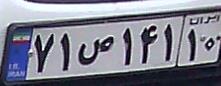
۷۱ص۱۴۱۱۰